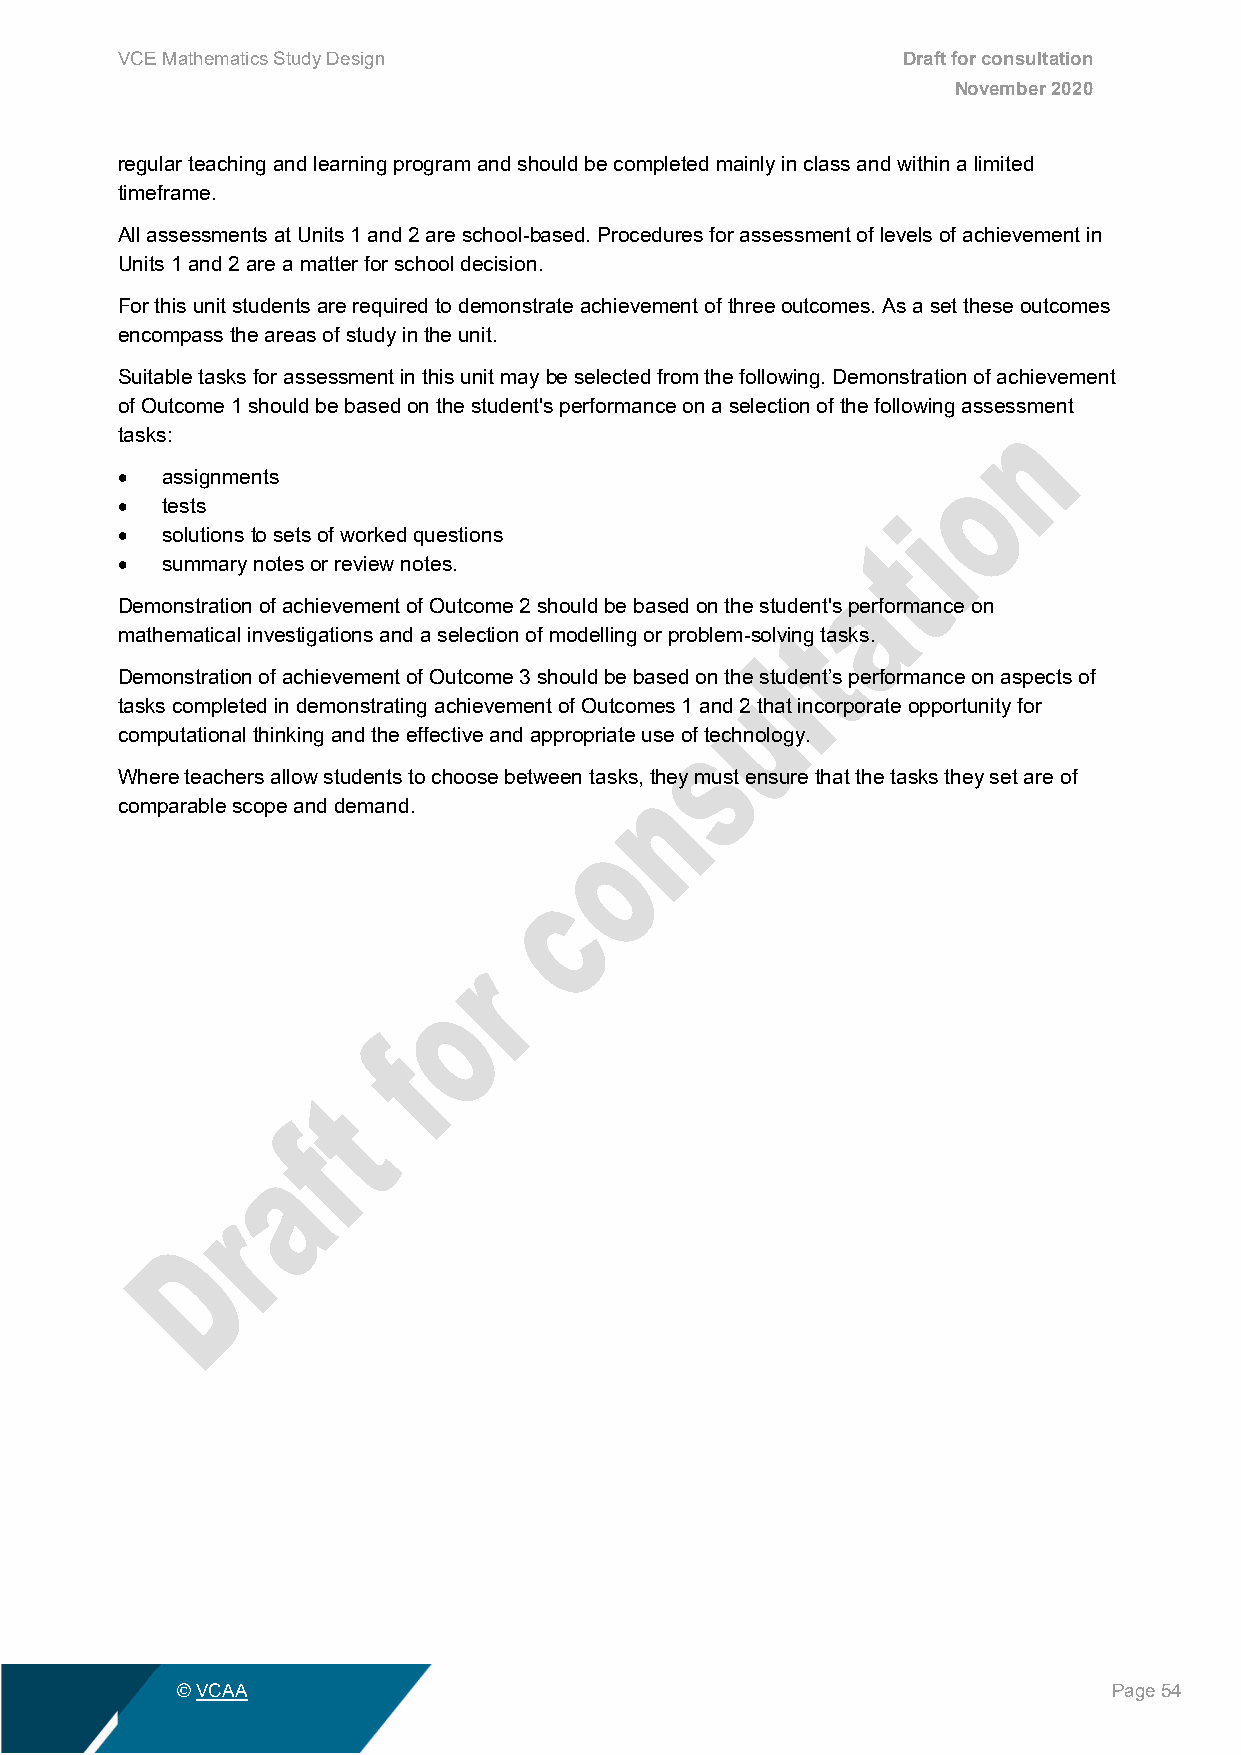
VCE Mathematics Study Design                        Draft for consultation
 November 2020
 regular teaching and learning program and should be completed mainly in class and within a limited
 timeframe.
 All assessments at Units 1 and 2 are school-based. Procedures for assessment of levels of achievement in
 Units 1 and 2 are a matter for school decision.
 For this unit students are required to demonstrate achievement of three outcomes. As a set these outcomes
 encompass the areas of study in the unit.
 Suitable tasks for assessment in this unit may be selected from the following. Demonstration of achievement
 of Outcome 1 should be based on the student's performance on a selection of the following assessment
 tasks:
 •  assignments
 •  tests
 •  solutions to sets of worked questions
 •  summary notes or review notes.
 Demonstration of achievement of Outcome 2 should be based on the student's performance on
 mathematical investigations and a selection of modelling or problem-solving tasks.
 Demonstration of achievement of Outcome 3 should be based on the student’s performance on aspects of
 tasks completed in demonstrating achievement of Outcomes 1 and 2 that incorporate opportunity for
 computational thinking and the effective and appropriate use of technology.
 Where teachers allow students to choose between tasks, they must ensure that the tasks they set are of
 comparable scope and demand.
 © VCAA                                                        Page 54